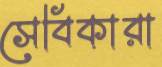
সেবিকারা